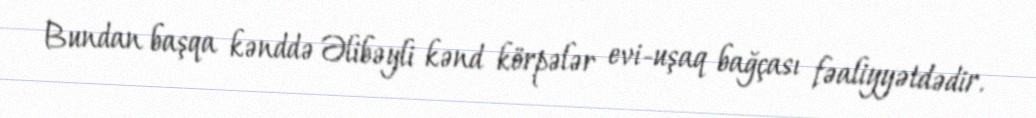
Bundan başqa kənddə Əlibəyli kənd körpələr evi-uşaq bağçası fəaliyyətdədir.